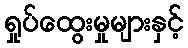
ရှုပ်ထွေးမှုများနှင့်